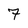
Character: 7